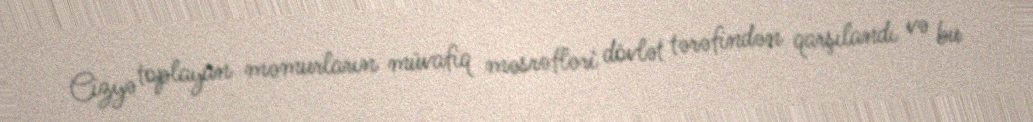
Cizyə toplayan məmurların müvafiq məsrəfləri dövlət tərəfindən qarşılandı və bu